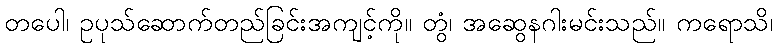
တပေါ၊ ဥပုသ်ဆောက်တည်ခြင်းအကျင့်ကို။ တွံ၊ အဆွေနဂါးမင်းသည်။ ကရောသိ၊